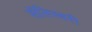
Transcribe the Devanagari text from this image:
सॅलिस्बरी